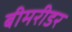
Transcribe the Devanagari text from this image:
बीमरीडर